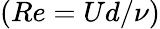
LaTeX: (Re=Ud/\nu)